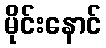
မိုင်းနောင်